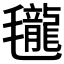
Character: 𣰵